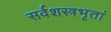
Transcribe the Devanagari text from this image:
सर्वशस्त्रभृतां